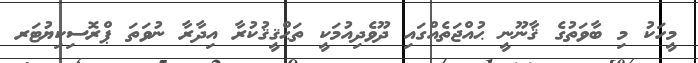
މީހަކު މި ބާވަތުގެ ޤާނޫނީ ޙުއްޖަތެއްގައި ދޫވެދިއުމަކީ ތަޙްޤީޤުކުރާ އިދާރާ ނުވަތަ ޕްރޮސިކިޔުޓަރ